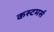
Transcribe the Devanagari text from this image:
कस्टमर्स